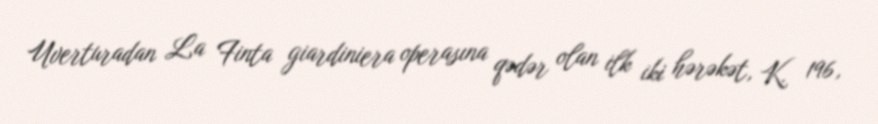
Uverturadan La Finta giardiniera operasına qədər olan ilk iki hərəkət, K. 196,